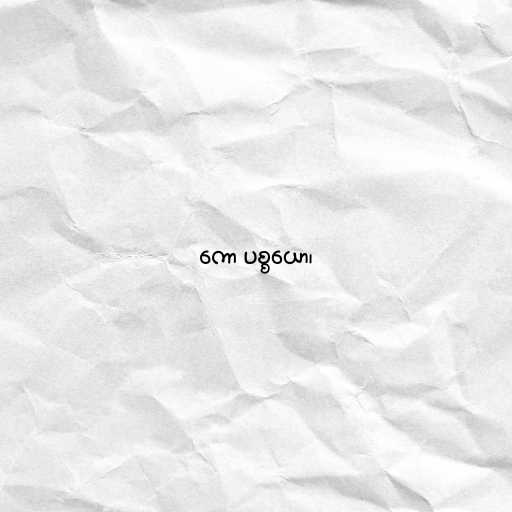
ကော ပစ္စယော၊